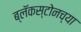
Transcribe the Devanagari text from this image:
ब्लॅकस्टोनच्या